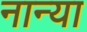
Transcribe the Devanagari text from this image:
नान्या